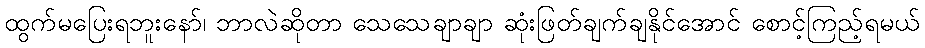
ထွက်မပြေးရဘူးနော်၊ ဘာလဲဆိုတာ သေသေချာချာ ဆုံးဖြတ်ချက်ချနိုင်အောင် စောင့်ကြည့်ရမယ်